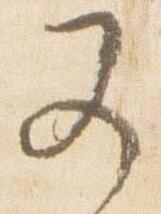
又